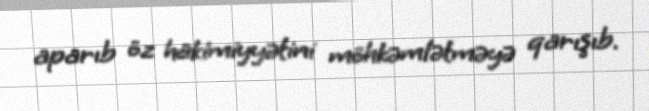
aparıb öz hakimiyyətini möhkəmlətməyə qarışıb.